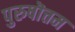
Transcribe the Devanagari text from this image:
पुरुषॊत्तम